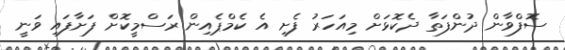
ސޮފްވާން ދުންފަތާ ދެކޮޅަށް މިއަހަރު ފެށި އެ ކެމްޕެއިން ރަސްމީކޮށް ފަށާފައި ވަނީ